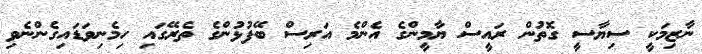
ނާޒިމަކީ ސިޔާސީ ގޮތުން ރައީސް ޔާމީންގެ އެންމެ އަރިސް ބޭފުޅުންގެ ތެރޭގައި ހިމެނިވަޑައިގެންނެވި